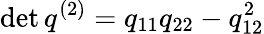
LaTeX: \operatorname*{det}q^{(2)}=q_{11}q_{22}-q_{12}^{2}